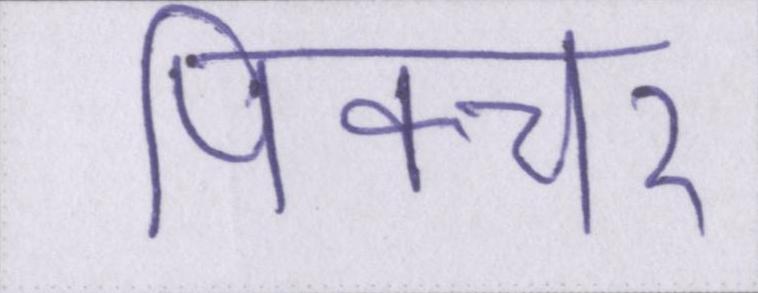
पिक्चर